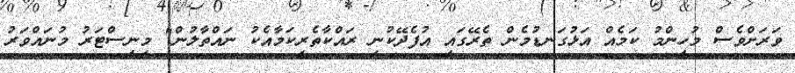
ވަރަށްވެސް މުހިންމު ކަމެއް އަޅުގަނޑުމެން ތެރޭގައި އުފެދޭކުނި ރައްކާތެރިކަމާއެކު ނައްތާލުން" މިނިސްޓަރު މުނައްވަރު